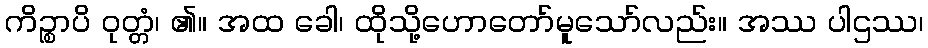
ကိဉ္စာပိ ဝုတ္တံ၊ ၏။ အထ ခေါ၊ ထိုသို့ဟောတော်မူသော်လည်း။ အဿ ပါဌဿ၊